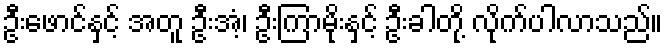
ဦးဖောင်နှင့် အတူ ဦးအံ့၊ ဦးကြာမိုးနှင့် ဦးခါတို့ လိုက်ပါလာသည်။